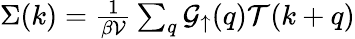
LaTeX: \begin{array}{r}{\Sigma(k)=\frac{1}{\beta\mathcal{V}}\sum_{q}\mathcal{G}_{\uparrow}(q)\mathcal{T}(k+q)}\end{array}